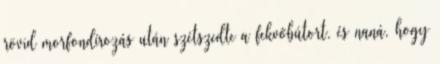
rövid morfondírozás után szétszedte a fekvőbútort, és naná, hogy